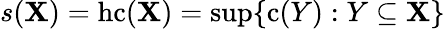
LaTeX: s(\mathbf{X})=\mathrm{{{hc}}}(\mathbf{X})=\operatorname*{sup}\{ \mathrm{{{c}}}(Y):Y\subseteq\mathbf{X}\}